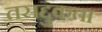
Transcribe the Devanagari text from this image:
तसद्दुकता